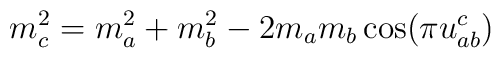
m_c^2=m_a^2+m_b^2-2m_am_b\cos(\pi u^c_{ab})